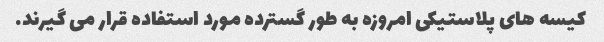
کیسه های پلاستیکی امروزه به طور گسترده مورد استفاده قرار می گیرند.